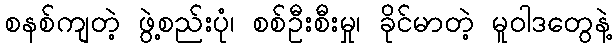
စနစ်ကျတဲ့ ဖွဲ့စည်းပုံ၊ စစ်ဦးစီးမှု၊ ခိုင်မာတဲ့ မူဝါဒတွေနဲ့